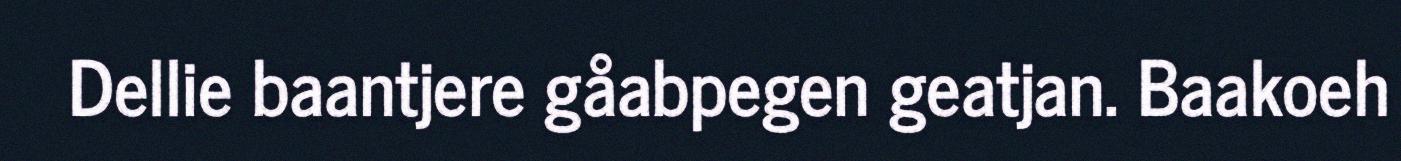
Dellie baantjere gåabpegen geatjan. Baakoeh